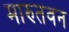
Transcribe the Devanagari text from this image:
मारुतवन